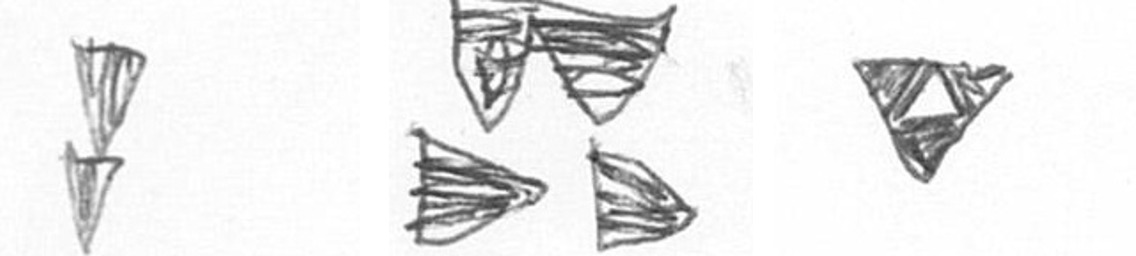
Z B S